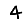
Digit: 4